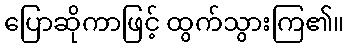
ပြောဆိုကာဖြင့် ထွက်သွားကြ၏။